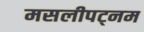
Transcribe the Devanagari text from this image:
मसलीपट्नम